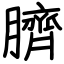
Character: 臍